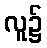
လူ၌